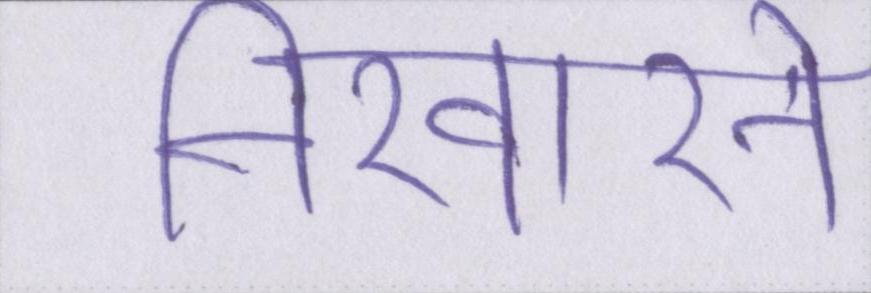
निखारने